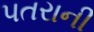
પતરાની